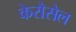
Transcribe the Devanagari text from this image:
केरौसेल